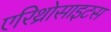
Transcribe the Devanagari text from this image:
एरिथ्रोसाइटस